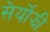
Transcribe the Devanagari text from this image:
सेर्योझी